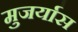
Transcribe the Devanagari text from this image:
मुजर्यास